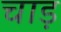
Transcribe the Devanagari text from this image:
चाड़